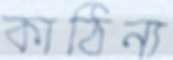
কাঠিন্য